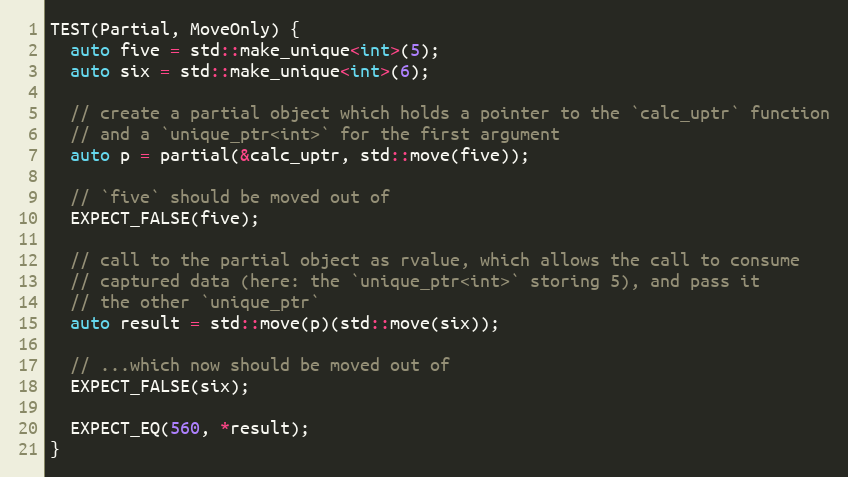
Language: C++
TEST(Partial, MoveOnly) {
  auto five = std::make_unique<int>(5);
  auto six = std::make_unique<int>(6);

  // create a partial object which holds a pointer to the `calc_uptr` function
  // and a `unique_ptr<int>` for the first argument
  auto p = partial(&calc_uptr, std::move(five));

  // `five` should be moved out of
  EXPECT_FALSE(five);

  // call to the partial object as rvalue, which allows the call to consume
  // captured data (here: the `unique_ptr<int>` storing 5), and pass it
  // the other `unique_ptr`
  auto result = std::move(p)(std::move(six));

  // ...which now should be moved out of
  EXPECT_FALSE(six);

  EXPECT_EQ(560, *result);
}